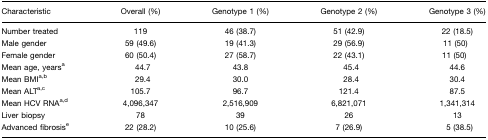
<table><thead><tr><td><b>Characteristic</b></td><td><b>Overall (%)</b></td><td><b>Genotype 1 (%)</b></td><td><b>Genotype 2 (%)</b></td><td><b>Genotype 3 (%)</b></td></tr></thead><tbody><tr><td>Number treated</td><td>119</td><td>46 (38.7)</td><td>51 (42.9)</td><td>22 (18.5)</td></tr><tr><td>Male gender</td><td>59 (49.6)</td><td>19 (41.3)</td><td>29 (56.9)</td><td>11 (50)</td></tr><tr><td>Female gender</td><td>60 (50.4)</td><td>27 (58.7)</td><td>22 (43.1)</td><td>11 (50)</td></tr><tr><td>Mean age, yearsa</td><td>44.7</td><td>43.8</td><td>45.4</td><td>44.6</td></tr><tr><td>Mean BMIa,b</td><td>29.4</td><td>30.0</td><td>28.4</td><td>30.4</td></tr><tr><td>Mean ALTa,c</td><td>105.7</td><td>96.7</td><td>121.4</td><td>87.5</td></tr><tr><td>Mean HCV RNAa,d</td><td>4,096,347</td><td>2,516,909</td><td>6,821,071</td><td>1,341,314</td></tr><tr><td>Liver biopsy</td><td>78</td><td>39</td><td>26</td><td>13</td></tr><tr><td>Advanced fibrosise</td><td>22 (28.2)</td><td>10 (25.6)</td><td>7 (26.9)</td><td>5 (38.5)</td></tr></tbody></table>